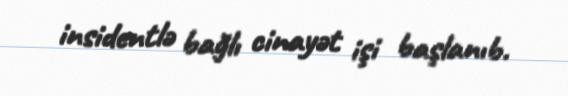
insidentlə bağlı cinayət işi başlanıb.